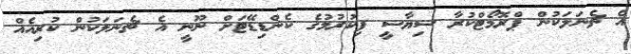
އެ ޗެނަލަކުން ޕްރޮމޯޓްކުރާ ސިޔާސީ ފިކުރުމުގެ ކެންޑިޑޭޓަށް ނޫނީ އެ ޗެނަލަކުން ކުރިއެއް